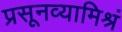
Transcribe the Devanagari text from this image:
प्रसूनव्यामिश्रं